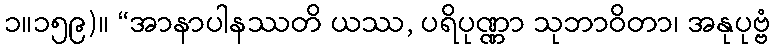
၁။၁၅၉)။ “အာနာပါနဿတိ ယဿ, ပရိပုဏ္ဏာ သုဘာဝိတာ၊ အနုပုဗ္ဗံ